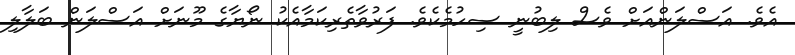
އެވެ. އަސްލަންއަށް ވެސް ލިބުނީ ސިހުމެކެވެ. ފަރުވާތެރިކަމާއެކު ނޯޔާގެ މޫނަށް އަސްލަން ބަލާލި